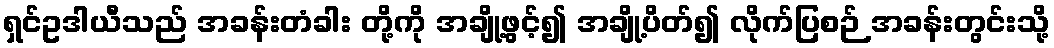
ရှင်ဥဒါယီသည် အခန်းတံခါး တို့ကို အချို့ဖွင့်၍ အချို့ပိတ်၍ လိုက်ပြစဉ် အခန်းတွင်းသို့